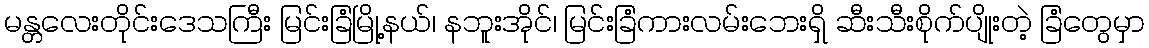
မန္တလေးတိုင်းဒေသကြီး မြင်းခြံမြို့နယ်၊ နဘူးအိုင်၊ မြင်းခြံကားလမ်းဘေးရှိ ဆီးသီးစိုက်ပျိုးတဲ့ ခြံတွေမှာ